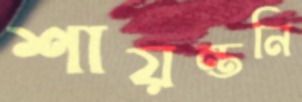
শায়ন্তনি